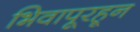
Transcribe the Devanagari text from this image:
भिवापूरहून